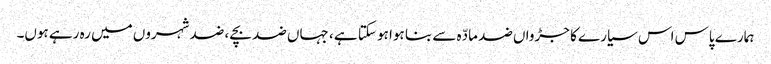
ہمارے پاس اس سیارے کا جڑواں ضد مادّہ سے بنا ہوا ہو سکتا ہے ، جہاں ضد بچے ، ضد شہروں میں رہ رہے ہوں۔